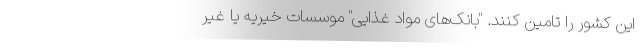
این کشور را تامین کنند. "بانک‌های مواد غذایی" موسسات خیریه یا غیر